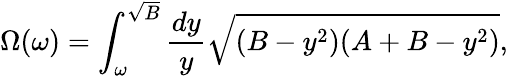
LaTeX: \Omega(\omega)=\int_{\omega}^{\sqrt{B}}{\frac{dy}{y}}\sqrt{(B-y^{2})(A+B-y^{2})},